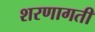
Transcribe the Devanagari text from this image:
शरणागती